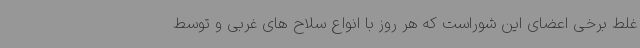
غلط برخی اعضای این شوراست که هر روز با انواع سلاح های غربی و توسط